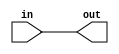
module leftshift(out,in);
input[31:0] in;
output reg[31:0] out;
always @ (in) begin
  out=in;//<<2;
end
endmodule